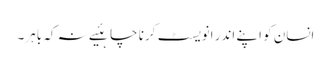
انسان کو اپنے اندر انویسٹ کرنا چاہئیے نہ کہ باہر۔